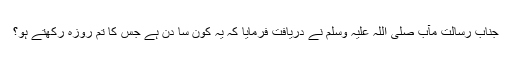
جناب رسالت ِمآب صلی اللہ علیہ وسلم نے دریافت فرمایا کہ یہ کون سا دن ہے جس کا تم روزہ رکھتے ہو؟